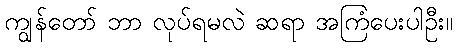
ကျွန်တော် ဘာ လုပ်ရမလဲ ဆရာ အကြံပေးပါဦး။